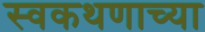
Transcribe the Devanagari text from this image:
स्वकथणाच्या